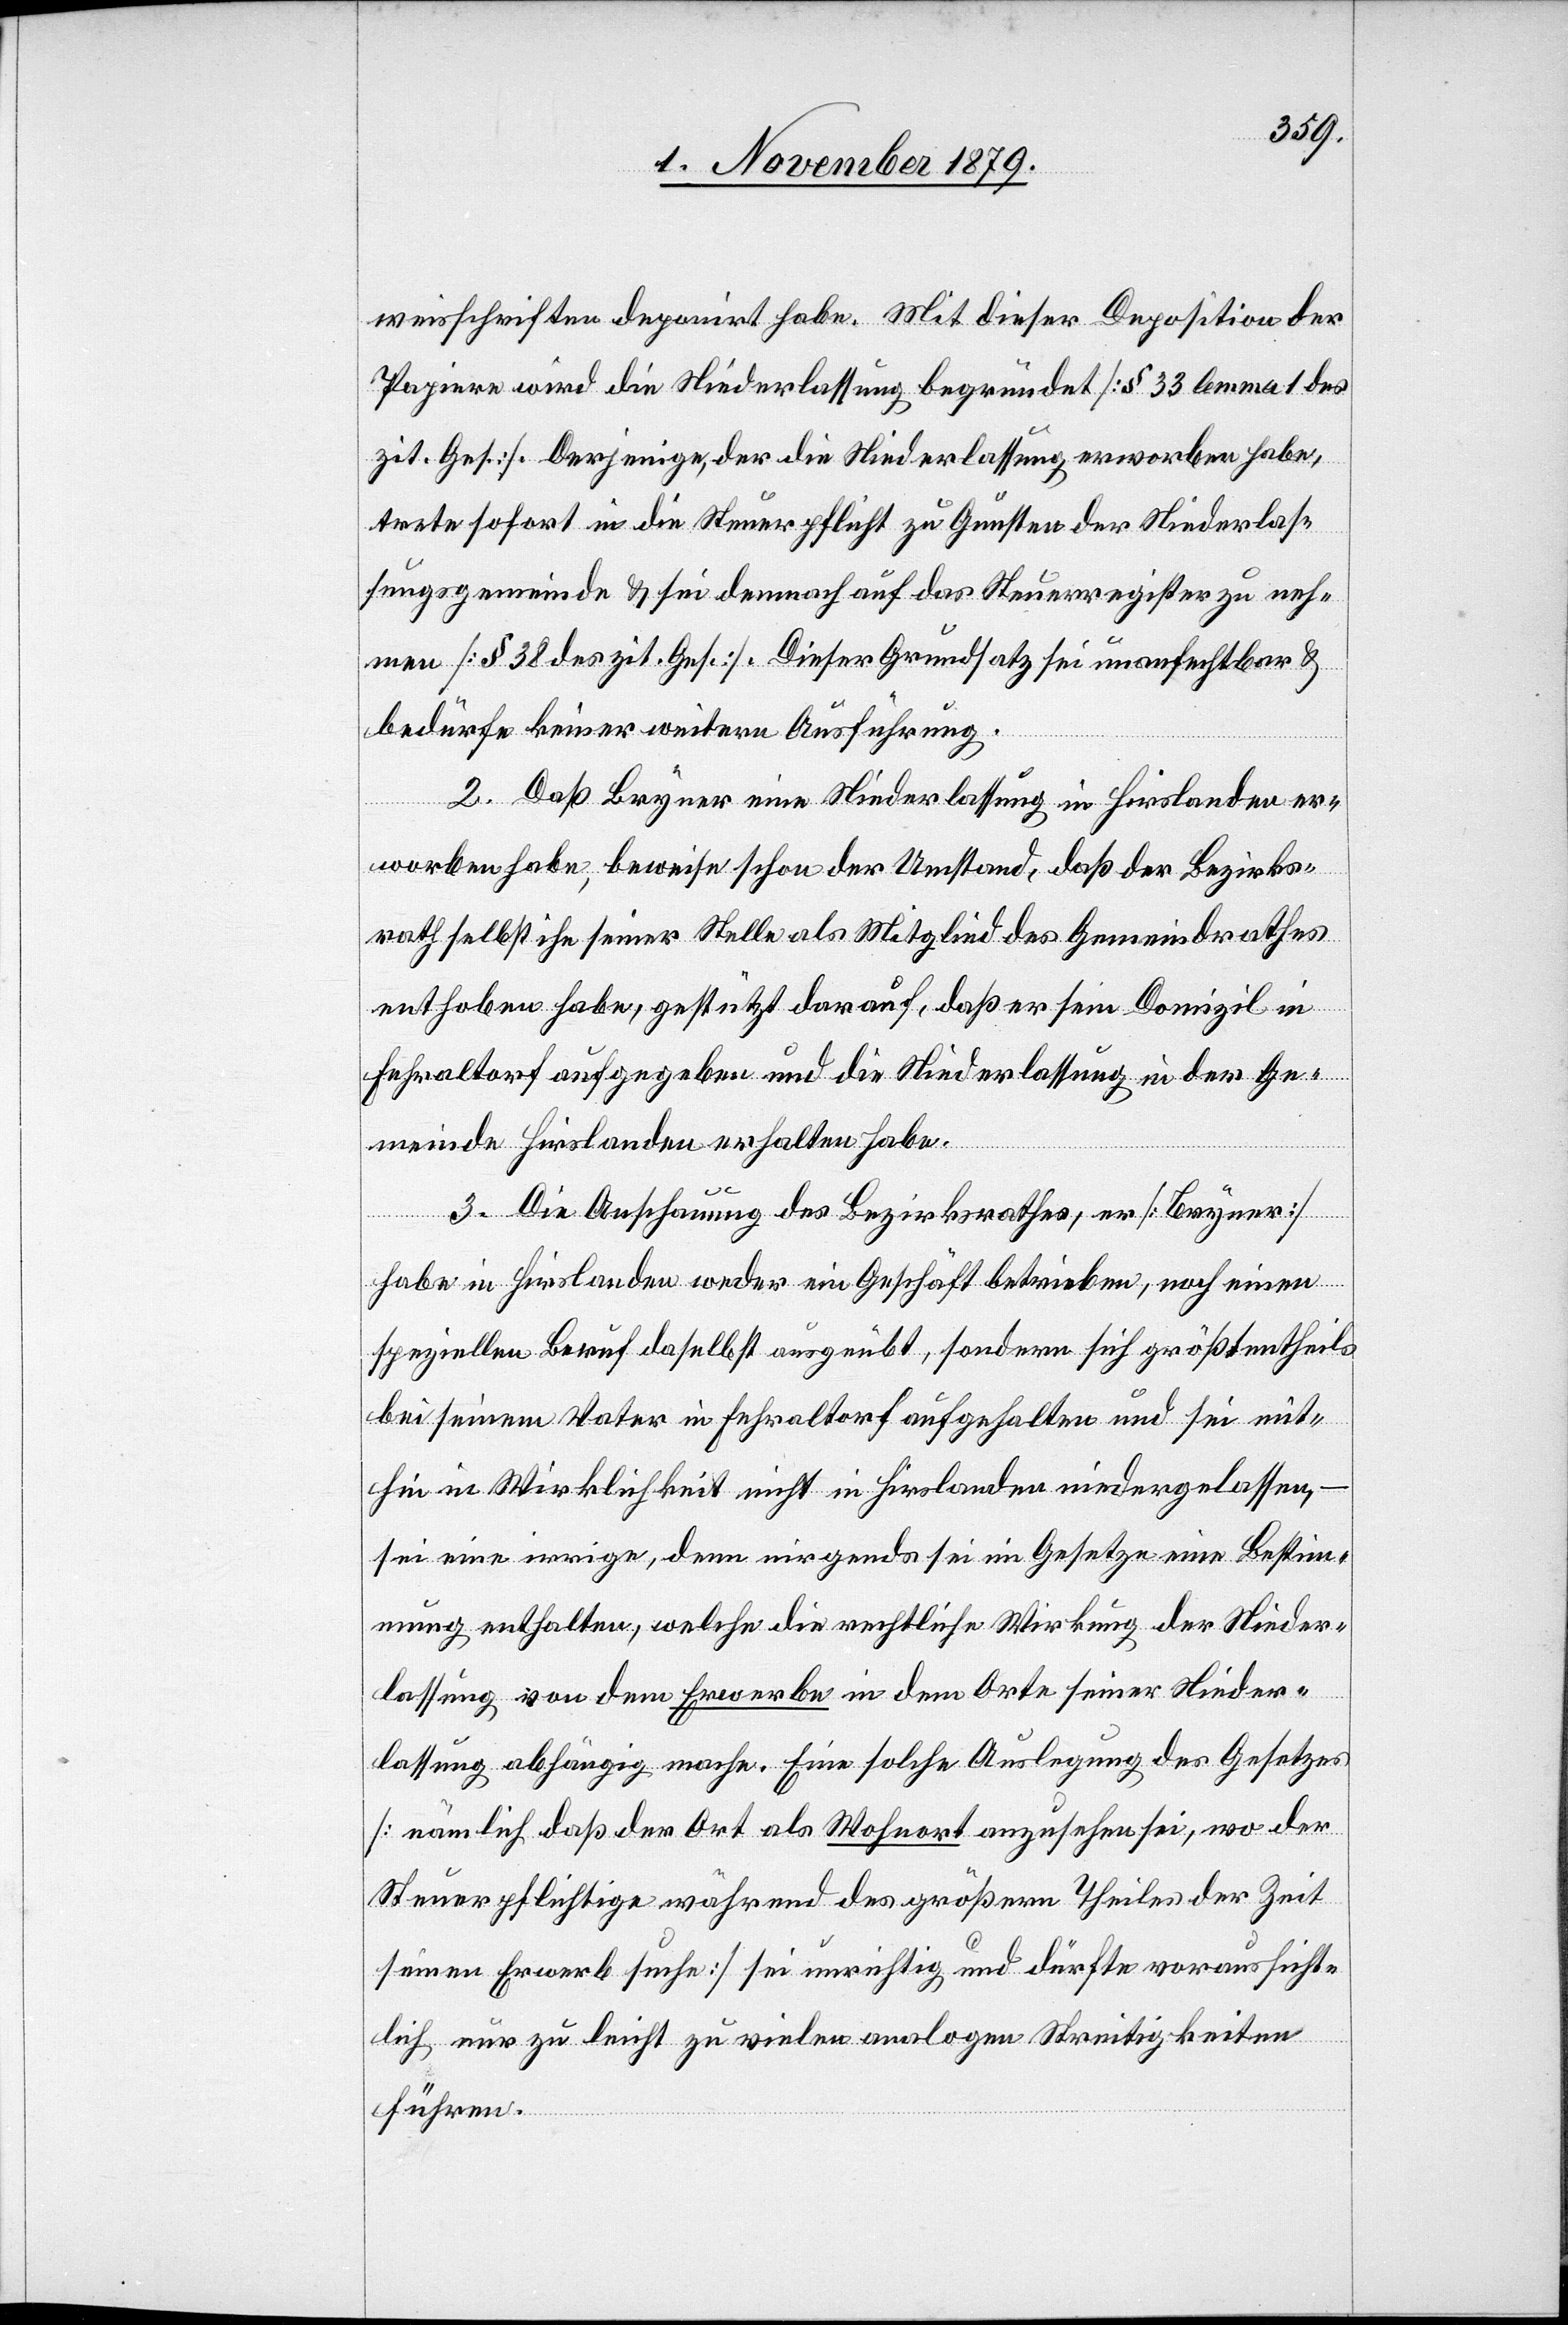
weisschriften deponirt habe. Mit dieser Deposition der
Papiere wird die Niederlassung begründet [§ 33 lemma 1 des
zit. Ges.]. Derjenige, der die Niederlassung erworben habe,
trete sofort in die Steuerpflicht zu Gunsten der Niederlas¬
sungsgemeinde & sei demnach auf das Steuerregister zu neh¬
men [§ 38 des zit. Ges.]. Dieser Grundsatz sei unanfechtbar &
bedürfe keiner weitern Ausführung.
2. Daß Bryner eine Niederlassung in Hirslanden er¬
worben habe, beweise schon der Umstand, daß der Bezirks¬
rath selbst ihn seiner Stelle als Mitglied des Gemeindrathes
enthoben habe, gestützt darauf, daß er sein Domizil in
Fehraltorf aufgegeben und die Niederlassung in der Ge¬
meinde Hirslanden erhalten habe.
3. Die Anschauung des Bezirksrathes, er [Bryner]
habe in Hirslanden weder ein Geschäft betrieben, noch einen
speziellen Beruf daselbst ausgeübt, sondern sich größtentheils
bei seinem Vater in Fehraltorf aufgehalten und sei mit¬
hin in Wirklichkeit nicht in Hirslanden niedergelassen,
sei eine irrige, denn nirgends sei im Gesetze eine Bestim¬
mung enthalten, welche die rechtliche Wirkung der Nieder¬
lassung von dem Erwerbe in dem Orte einer Nieder¬
lassung abhängig mache. Eine solche Auslegung des Gesetzes
[nämlich daß der Ort als Wohnort anzusehen sei, wo der
Steuerpflichtige während des größern Theiles der Zeit
seinen Erwerb suche] sei unrichtig und dürfte voraussicht¬
lich nur zu leicht zu vielen analogen Streitigkeiten
führen.